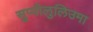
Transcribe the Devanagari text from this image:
सुप्पीलुलिउमा